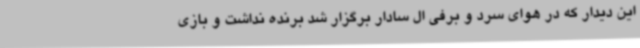
این دیدار که در هوای سرد و برفی ال سادار برگزار شد برنده نداشت و بازی